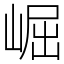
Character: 崛